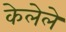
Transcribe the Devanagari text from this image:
केलेेले